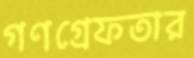
গণগ্রেফতার